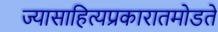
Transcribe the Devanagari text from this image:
ज्यासाहित्यप्रकारातमोडते